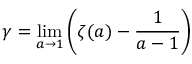
\gamma = \operatorname* { l i m } _ { a \to 1 } \left( \zeta ( a ) - { \frac { 1 } { a - 1 } } \right)